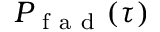
P _ { \mathrm { ~ f ~ a ~ d ~ } } ( \tau )